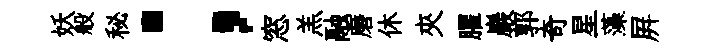
妖般秘；窓羔融磨休夾臞巖郭奇星藻屛